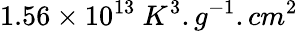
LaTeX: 1.56\times 10^{13}\ K^{3}.g^{-1}.cm^{2}